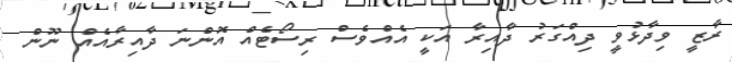
ރާޒީ ވިދާޅުވީ ދިއްގަރު ދާއިރާ އަކީ އެއްވެސް ރިސޯޓެއް އޮންނަ ދާއިރާއެއް ނޫން